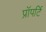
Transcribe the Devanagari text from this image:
प्रॉपर्टि